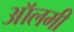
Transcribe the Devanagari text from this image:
ऑलमी